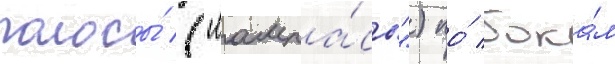
полосы́ ("лампа́сы") по́ бока́м